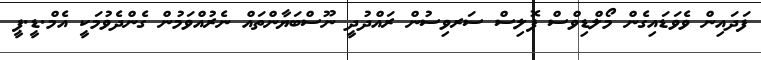
ފަދައިން ވެވަޑައިގެން މޯލްޑިވްސް ޕޮލިސް ސަރވިސުން ރައްދުދީ ނޫސްބަޔާންތައް ނެރުއްވަމުން ގެންދެވުމަކީ އެމް.ޑީ.ޕީ